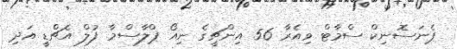
ޕެނަސޮނިކް ސްމާޓް ވިއެރާ 56 އިންޗީގެ ނިއޯ ޕްލާސްމާ ފުލް އެޗްޑީ އަދި